Civil Veterinary Dept. Bombay admin report 1893-99 - 1893-1899
Year: 1893
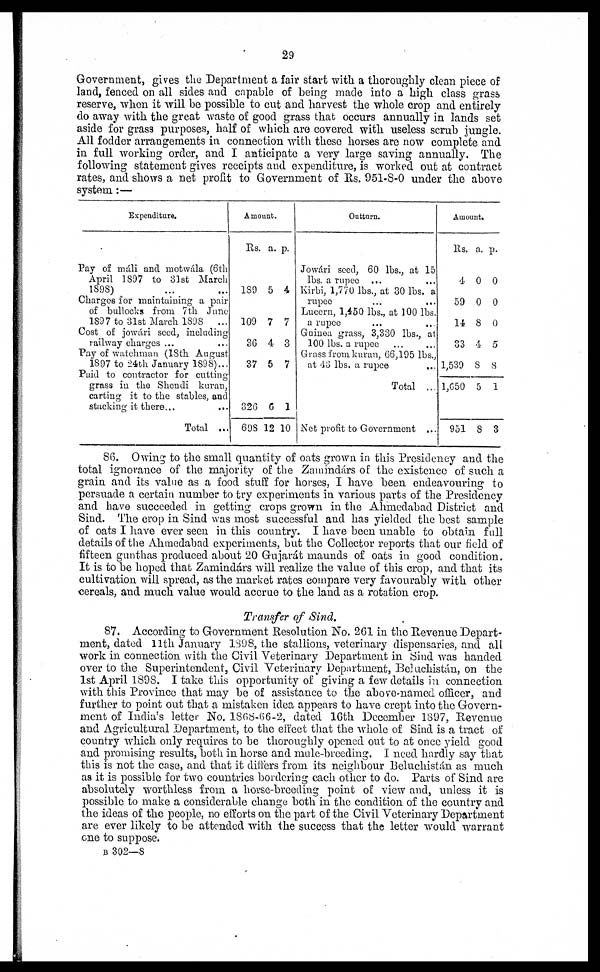
29
Government, gives the Department a fair start with a thoroughly clean piece of
land, fenced on all sides and capable of being made into a high class grass
reserve, when it will be possible to cut and harvest the whole crop and entirely
do away with the great waste of good grass that occurs annually in lands set
aside for grass purposes, half of which are covered with useless scrub jungle.
All fodder arrangements in connection with these horses are now complete and
in full working order, and I anticipate a very large saving annually. The
following statement gives receipts and expenditure, is worked out at contract
rates, and shows a net profit to Government of Rs. 951-8-0 under the above
system :—
Expenditure.
Pay of máli and motwála (6th
April 1897 to 31st March
1898) ... ...
Charges for maintaining a pair
of bullocks from 7th June
1897 to 31st March 1898 ...
Cost of jowári seed, including
railway charges ... ...
Pay of watchman (18th August
1897 to 24th January 1898) ...
Paid to contractor for cutting
grass in the Shendi kuran,
carting it to the stables, and
stacking it there ... ...
Total ...
Amount.
Rs.
189
109
36
37
326
698
a.
5
7
4
5
6
12
p.
4
7
3
7
1
10
Outturn.
Jowári seed, 60 lbs., at 15
lbs. a rupee ... ...
Kirbi, 1,770 lbs., at 30 lbs. a
rupee
...
...
Lucern, 1,450 lbs., at 100 lbs.
a rupee ... ...
Guinea grass, 3,330 lbs., at
100 lbs. a rupee
Grass from kuran, 66,195 lbs.,
at 43 lbs. a rupee
...
Total ...
Net profit to Government ...
Amount.
Rs.
4
59
14
33
1,539
1,650
951
a.
0
0
8
4
8
5
8
p.
0
0
0
5
8
1
3
86. Owing to the small quantity of oats grown in this Presidency and the
total ignorance of the majority of the Zamindárs of the existence of such a
grain and its value as a food stuff for horses, I have been endeavouring to
persuade a certain number to try experiments in various parts of the Presidency
and have succeeded in getting crops grown in the Ahmedabad District and
Sind. The crop in Sind was most successful and has yielded the best sample
of oats I have ever seen in this country. I have been unable to obtain full
details of the Ahmedabad experiments, but the Collector reports that our field of
fifteen gunthas produced about 20 Gujarát maunds of oats in good condition.
It is to be hoped that Zamindárs will realize the value of this crop, and that its
cultivation will spread, as the market rates compare very favourably with other
cereals, and much value would accrue to the land as a rotation crop.
Transfer of Sind.
87. According to Government Resolution No. 261 in the Revenue Depart-
ment, dated 11th January 1898, the stallions, veterinary dispensaries, and all.
work in connection with the Civil Veterinary Department in Bind was handed
over to the Superintendent, Civil Veterinary Department, Beluchistán, on the
1st April 1898. I take this opportunity of giving a few details in connection
with this Province that may be of assistance to the above-named officer, and
further to point out that a mistaken idea appears to have crept into the Govern-
ment of India's letter No. 1868-66-2, dated 16th December 1897, Revenue
and Agricultural Department, to the effect that the whole of Sind is a tract of
country which only requires to be thoroughly opened out to at once yield good
and promising results, both in horse and mule-breeding. I need hardly say that
this is not the case, and that it differs from its neighbour Beluchistán as much
as it is possible for two countries bordering each other to do. Parts of Sind are
absolutely worthless from a horse-breeding point of view and, unless it is
possible to make a considerable change both in the condition of the country and
the ideas of the people, no efforts on the part of the Civil Veterinary Department
are ever likely to be attended with the success that the letter would warrant
one to suppose.
B 302—8